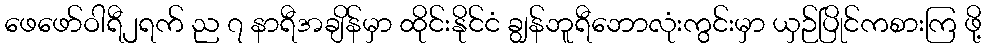
ဖေဖော်ဝါရီ၂ရက် ည ၇ နာရီအချိန်မှာ ထိုင်းနိုင်ငံ ချွန်ဘူရီဘောလုံးကွင်းမှာ ယှဉ်ပြိုင်ကစားကြ ဖို့